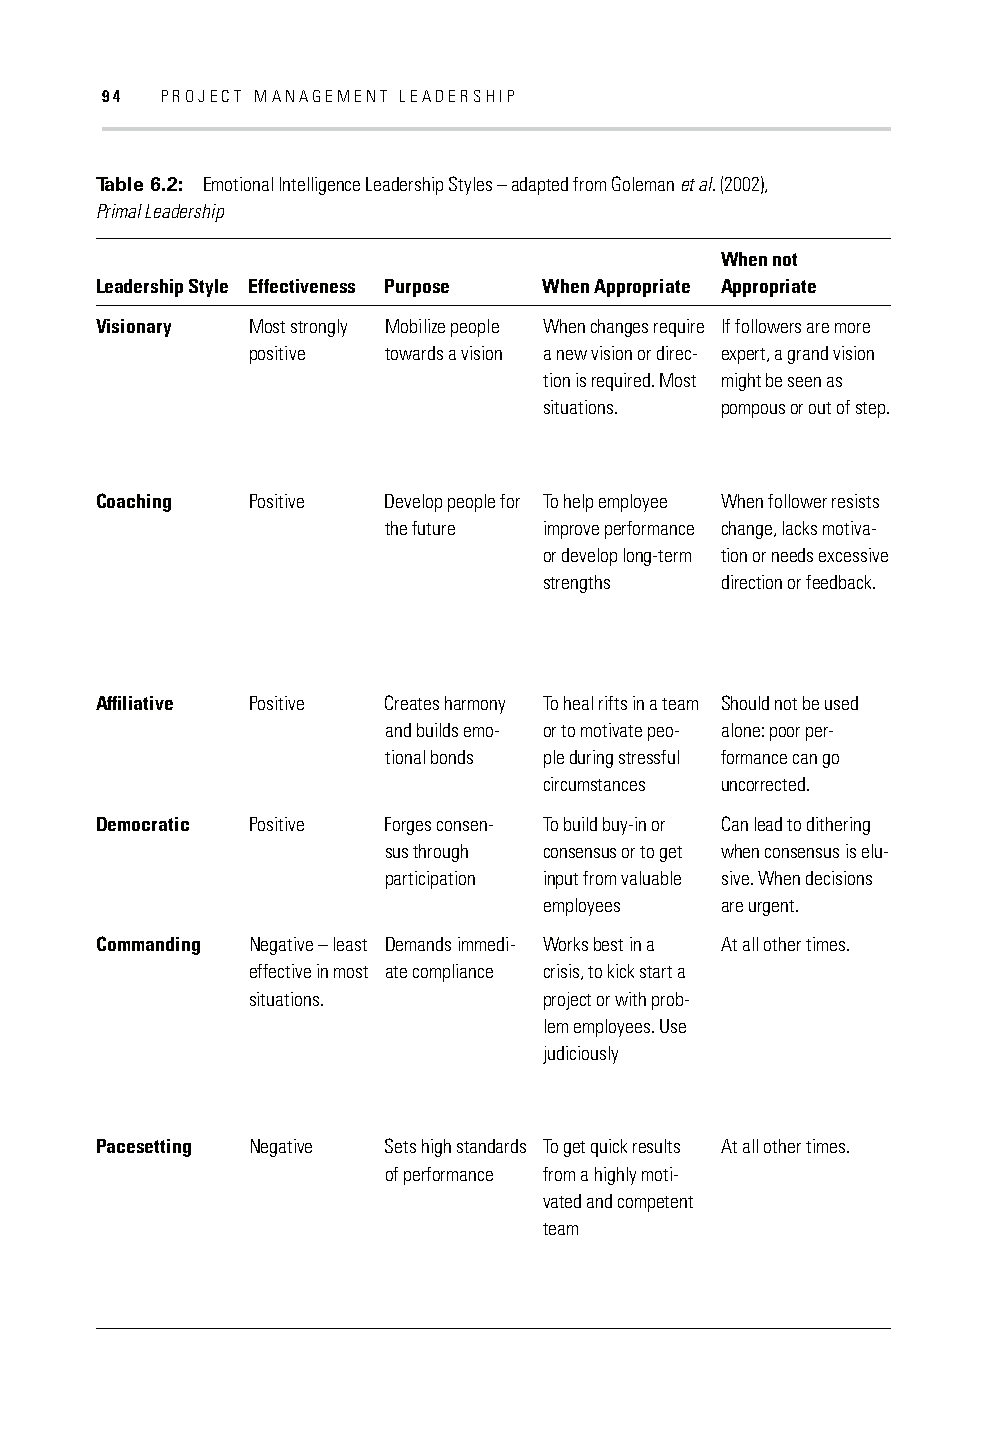
94  PROJECT MANAGEMENT LEADERSHIP
 Table 6.2: Emotional Intelligence Leadership Styles – adapted from Goleman et al. (2002),
 Primal Leadership
 When not
 Leadership Style Effectiveness Purpose When Appropriate Appropriate
 Visionary Most strongly Mobilize people When changes require If followers are more
 positive towards a vision a new vision or direc- expert, a grand vision
 tion is required. Most might be seen as
 situations. pompous or out of step.
 Coaching  Positive Develop people for To help employee When follower resists
 the future improve performance change, lacks motiva-
 or develop long-term tion or needs excessive
 strengths   direction or feedback.
 Affi liative Positive Creates harmony To heal rifts in a team Should not be used
 and builds emo- or to motivate peo- alone: poor per-
 tional bonds ple during stressful formance can go
 circumstances uncorrected.
 Democratic Positive Forges consen- To build buy-in or Can lead to dithering
 sus through consensus or to get when consensus is elu-
 participation input from valuable sive. When decisions
 employees   are urgent.
 Commanding Negative – least Demands immedi- Works best in a At all other times.
 effective in most ate compliance crisis, to kick start a
 situations.         project or with prob-
 lem employees. Use
 judiciously
 Pacesetting Negative Sets high standards To get quick results At all other times.
 of performance from a highly moti-
 vated and competent
 team